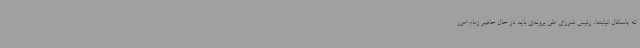
که پاسکال انیابندا، رئیس شورای ملی بروندی باید در حال حاضر زمام امور